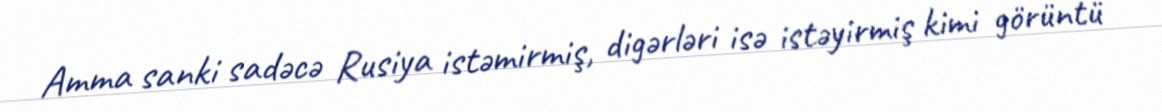
Amma sanki sadəcə Rusiya istəmirmiş, digərləri isə istəyirmiş kimi görüntü